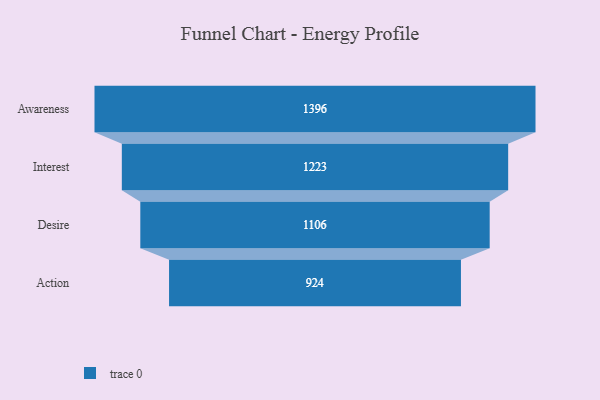
{"axis": {"x": "Stage", "y": "Value"}, "legend": [""], "data": [{"x": "Awareness", "y": 1396.0, "type": ""}, {"x": "Interest", "y": 1223.0, "type": ""}, {"x": "Desire", "y": 1106.0, "type": ""}, {"x": "Action", "y": 924.0, "type": ""}]}